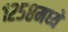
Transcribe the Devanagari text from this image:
१२५८मध्ये